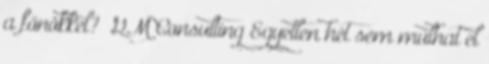
a főnökkel?” GM Consulting Egyetlen hét sem múlhat el